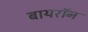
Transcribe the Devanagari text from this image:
बायराॅन